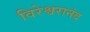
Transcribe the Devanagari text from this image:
विरेश्वरानंद